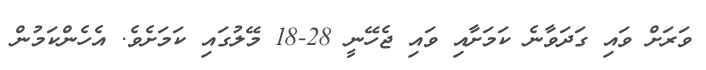
ވަރަށް ވައި ގަދަވާނެ ކަމަށާއި ވައި ޖެހޭނީ 28-18 މޭލުގައި ކަމަށެވެ. އެހެންކަމުން